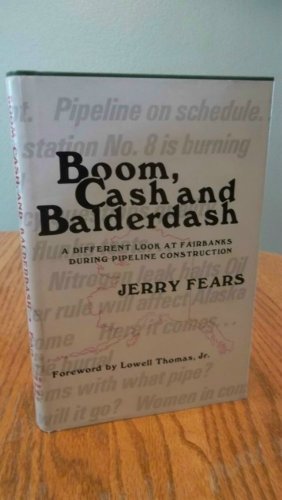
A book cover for Boom, Cash, and Balderdash: A Different Look at Fairbanks During Pipeline Construction; Jerry Fears; Travel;